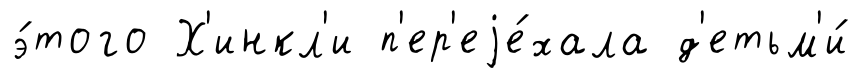
э́того Х'инкл'и п'ер'еjе́хала д'етьм'и́